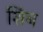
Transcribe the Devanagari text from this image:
शिंब